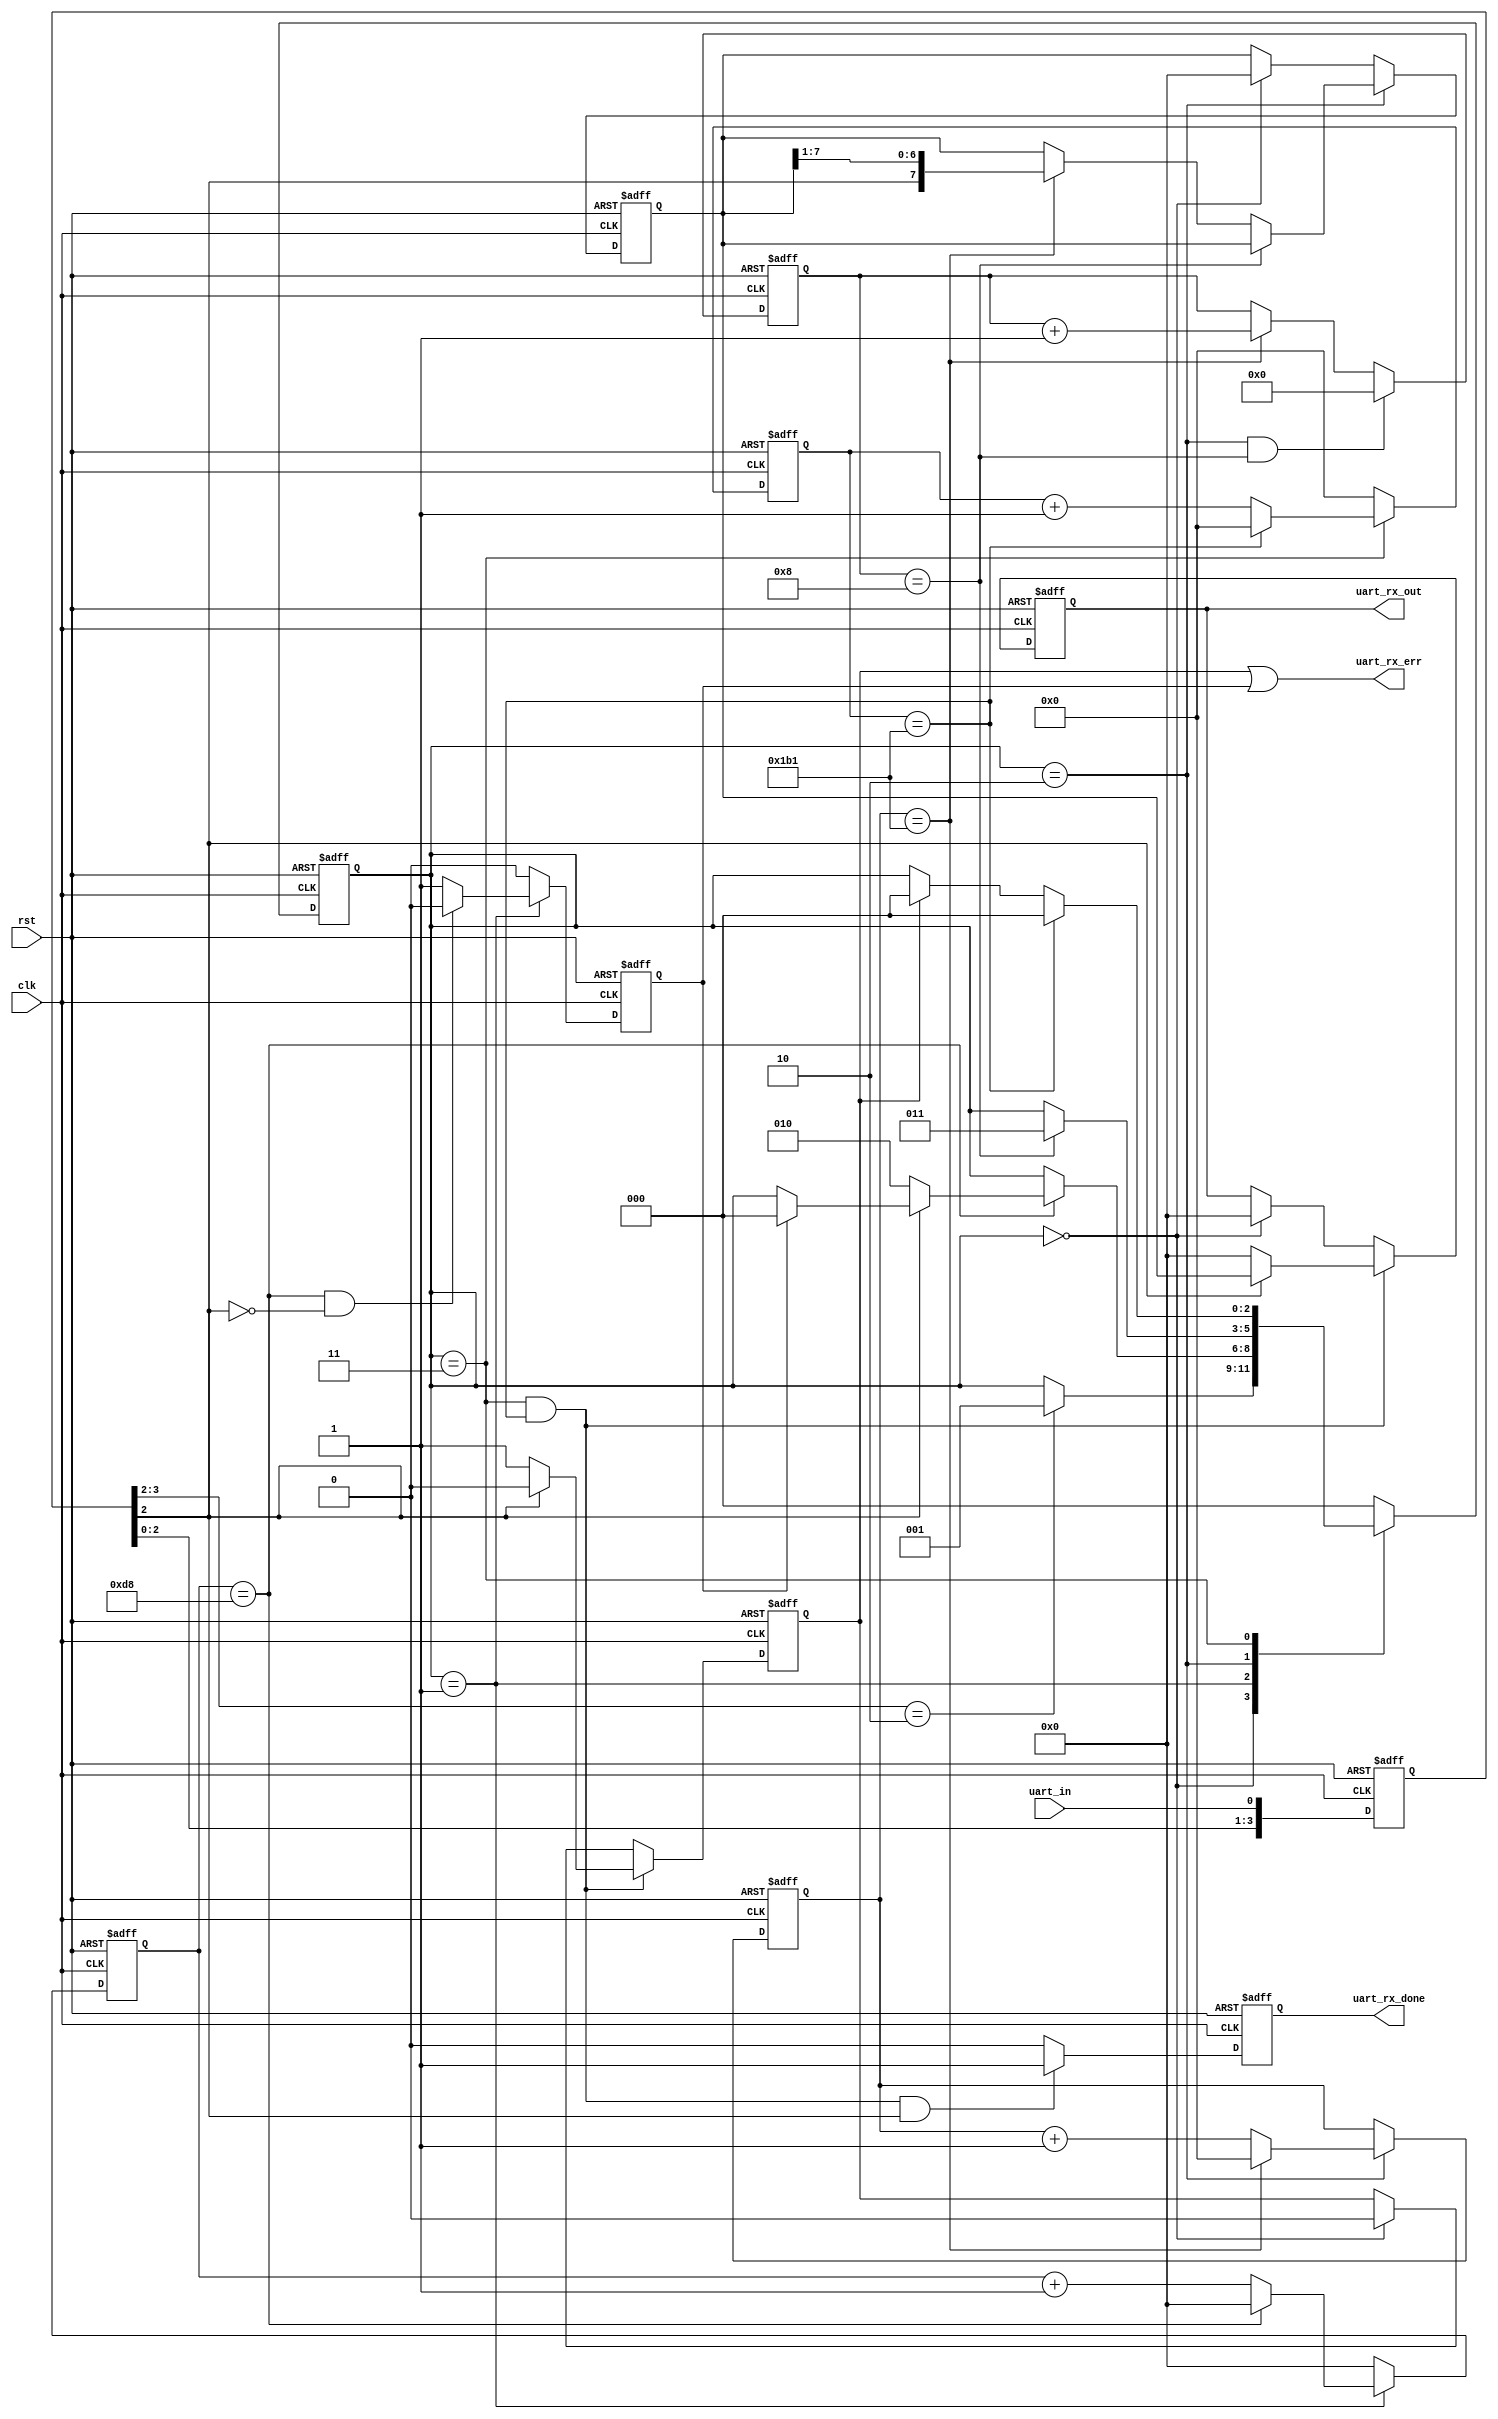
`timescale 1ns / 1ps

module UART_RX(

    // system signals
    input   wire                        clk                                     , // (i) clock
    input   wire                        rst                                     , // (i) reset (high-active)

    // UART Interface
    input   wire                        uart_in                                 , // (i) UART Rx Port

    output  wire[7:0]                   uart_rx_out                             , // (o) RX Data
    output  wire                        uart_rx_done                            , // (o) RX Done
    output  wire                        uart_rx_err                               // (o) RX Error
    );

    // -------------------------------------------------------------
    // Parameter definition
    // -------------------------------------------------------------
    parameter                           P_BIT_CNT               = 9'd433        ; // 50MHz / baudrate
    parameter                           P_START_CNT             = P_BIT_CNT / 2 ; // detect middle of wave
    parameter                           P_BIT_IDX               = 4'b1000       ; // 10 bits =   1   +   8   +   1
                                                                                  //           start    data    stop
    // STATEs of STATE MACHINE
    parameter                           P_IDLE                  = 3'b000        ; // idle
    parameter                           P_START                 = 3'b001        ; // start
    parameter                           P_DATA_BITS             = 3'b010        ; // data
    parameter                           P_STOP_BIT              = 3'b011        ; // stop

    // -------------------------------------------------------------
    // Internal signal definition
    // -------------------------------------------------------------
    reg         [2:0]                   r_state                                 ; // STATE_FSM

    reg         [3:0]                   r_input_buf                             ; // UART_RX input register
    reg         [7:0]                   r_data                                  ; // UART_RX input register

    reg                                 r_err_stop                              ; // stop error
    reg                                 r_err_start                             ; // start error

    reg         [7:0]                   r_start_cnt                             ; // start bit count
    reg         [8:0]                   r_bit_cnt                               ; // bit count
    reg         [8:0]                   r_stop_cnt                              ; // stop bit count
    reg         [3:0]                   r_bit_idx                               ; // bit index

    reg         [7:0]                   r_rx_out                                ; // UART_RX output register
    reg                                 r_rx_done                               ; // UART_RX done

// =============================================================================
// RTL Body
// =============================================================================
    //             |X| < |X| < |X| < |X|
    //                                ^
    //  ...   X     X     X     X     X     X   ...
    always @(posedge clk or posedge rst) begin
        if (rst) begin
            // reset
            r_input_buf <= 4'b0;
        end else begin
            r_input_buf <= { r_input_buf[3:0], uart_in };
        end
    end

    //FSM
    always @(posedge clk or posedge rst) begin
        if (rst) begin
            // reset
            r_state <= P_IDLE;
        end else begin
            case ( r_state )

                //idle
                //             |1| < |0| < |X| < |X|
                //                                ^
                //  ...   X     1     0     X     X     X   ...
                P_IDLE      : begin
                    if (r_input_buf[3:2] == 2'b10) begin
                        r_state <= P_START;
                    end
                end

                //start bit
                P_START     : begin
                    if (r_start_cnt == P_START_CNT) begin
                        if (!r_input_buf[2]) begin
                            r_state <= P_DATA_BITS;
                        end else if (r_err_start) begin
                            r_state <= P_IDLE;
                        end
                    end
                end

                //data bits
                P_DATA_BITS : begin
                    if (r_bit_idx == P_BIT_IDX) begin
                        r_state <= P_STOP_BIT;
                    end
                end

                //stop bit
                P_STOP_BIT  : begin
                    if (r_stop_cnt == P_BIT_CNT) begin
                        r_state <= P_IDLE;
                    end else if (r_err_stop) begin
                        r_state <= P_IDLE;
                    end
                end

                default     : begin
                    r_state <= P_IDLE;
                end

            endcase
        end
    end

    //start state
    always @(posedge clk or posedge rst) begin
        if (rst) begin
            // reset
            r_err_start <= 1'b0;
        end else begin
            if (r_state == P_START) begin
                if (r_start_cnt == P_START_CNT && !r_input_buf[2]) begin        // middle of start bit is low
                    r_err_start <= 1'b0;
                end else begin
                    r_err_start <= 1'b1;
                end
            end else begin
                r_err_start <= 1'b0;
            end
        end
    end

    //start counter
    always @(posedge clk or posedge rst) begin
        if (rst) begin
            // reset
            r_start_cnt <= 8'b0;
        end else begin
            if (r_state == P_START) begin
                if (r_start_cnt == P_START_CNT) begin
                    r_start_cnt <= 8'b0;
                end else begin
                    r_start_cnt <= r_start_cnt + 8'b1;
                end
            end else begin
                r_start_cnt <= 8'b0;
            end
        end
    end

    //data state
    always @(posedge clk or posedge rst) begin
        if (rst) begin
            // reset
            r_data  <= 8'b0;
        end else if (r_state == P_DATA_BITS) begin
            if (r_bit_idx == P_BIT_IDX) begin
                r_data  <= r_data;
            end else begin
                if (r_bit_cnt == P_BIT_CNT) begin
                    r_data <= { r_input_buf[2], r_data[7:1] };
                end else begin
                    r_data  <= r_data;
                end
            end
        end else if (r_state == P_IDLE) begin
            r_data  <= 8'b0;
        end
    end

    //bit counter
    always @(posedge clk or posedge rst) begin
        if (rst) begin
            // reset
            r_bit_cnt   <= 9'b0;
        end else begin
            if (r_state == P_DATA_BITS) begin
                if (r_bit_cnt == P_BIT_CNT) begin
                    r_bit_cnt   <= 9'b0;
                end else begin
                    r_bit_cnt   <= r_bit_cnt + 9'b1;
                end
            end
        end
    end

    //index counter
    always @(posedge clk or posedge rst) begin
        if (rst) begin
            // reset
            r_bit_idx   <= 4'b0;
        end else begin
            if (r_state == P_DATA_BITS && r_bit_idx == P_BIT_IDX) begin         // 8 bits data
                r_bit_idx   <= 4'b0;
            end else if (r_bit_cnt == P_BIT_CNT) begin
                r_bit_idx   <= r_bit_idx + 4'b1;
            end
        end
    end

    //stop state
    always @(posedge clk or posedge rst) begin
        if (rst) begin
            // reset
            r_err_stop  <= 1'b0;
            r_rx_out    <= 9'b0;
        end else begin
            if (r_state == P_STOP_BIT && r_stop_cnt == P_BIT_CNT) begin
                if (r_input_buf[2]) begin                                       // middle of stop bit is high
                    r_err_stop  <= 1'b0;
                    r_rx_out    <= r_data;
                end else begin
                    r_err_stop  <= 1'b1;
                    r_rx_out    <= 8'b0;
                end
            end else if (r_state == P_IDLE) begin
                r_err_stop  <= 1'b0;
                r_rx_out    <= 8'b0;
            end
        end
    end

    //stop counter
    always @(posedge clk or posedge rst) begin
        if (rst) begin
            // reset
            r_stop_cnt  <= 9'b0;
        end else begin
            if (r_state == P_STOP_BIT) begin
                if (r_stop_cnt == P_BIT_CNT) begin
                    r_stop_cnt <= 9'b0;
                end else begin
                    r_stop_cnt  <= r_stop_cnt + 9'b1;
                end
            end else begin
                r_stop_cnt  <= 9'b0;
            end
        end
    end

    //rx done
    always @(posedge clk or posedge rst) begin
        if (rst) begin
            // reset
            r_rx_done   <= 1'b0;
        end else begin
            if (r_state == P_STOP_BIT && r_stop_cnt == P_BIT_CNT && r_input_buf[2]) begin
                r_rx_done   <= 1'b1;
            end else begin
                r_rx_done   <= 1'b0;
            end
        end
    end

    assign uart_rx_out  = r_rx_out;
    assign uart_rx_done = r_rx_done;
    assign uart_rx_err  = r_err_stop || r_err_start;

endmodule